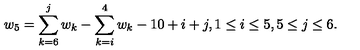
w _ { 5 } = \sum _ { k = 6 } ^ { j } w _ { k } - \sum _ { k = i } ^ { 4 } w _ { k } - 1 0 + i + j , 1 \leq i \leq 5 , 5 \leq j \leq 6 .